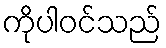
ကိုပါဝင်သည်